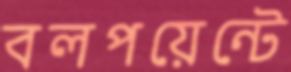
বলপয়েন্টে